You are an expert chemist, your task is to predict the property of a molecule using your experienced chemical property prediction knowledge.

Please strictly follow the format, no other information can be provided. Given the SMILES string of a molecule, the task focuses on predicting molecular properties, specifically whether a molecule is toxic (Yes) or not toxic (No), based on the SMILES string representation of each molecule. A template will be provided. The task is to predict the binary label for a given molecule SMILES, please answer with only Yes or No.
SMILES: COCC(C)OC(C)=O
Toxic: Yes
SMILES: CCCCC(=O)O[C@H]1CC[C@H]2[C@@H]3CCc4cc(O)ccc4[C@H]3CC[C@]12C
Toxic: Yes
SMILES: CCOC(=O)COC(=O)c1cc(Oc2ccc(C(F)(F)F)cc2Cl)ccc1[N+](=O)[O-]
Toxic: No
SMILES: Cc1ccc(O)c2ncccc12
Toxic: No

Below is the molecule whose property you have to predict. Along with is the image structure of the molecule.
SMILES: CC(C)C(C(=O)OC(C#N)c1cccc(Oc2ccccc2)c1)c1ccc(Cl)cc1
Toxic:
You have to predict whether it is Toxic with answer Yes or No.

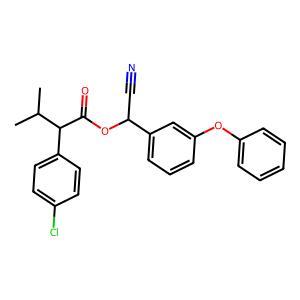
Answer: No